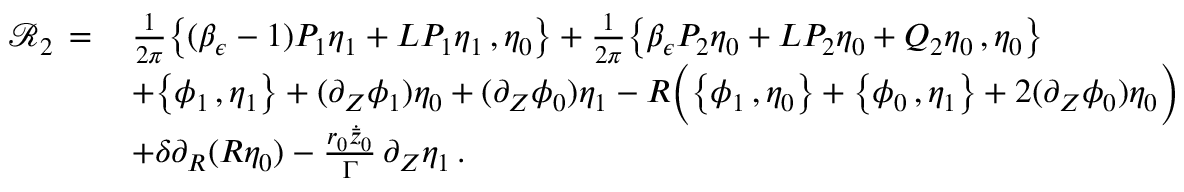
\begin{array} { r l } { \mathcal { R } _ { 2 } \, = \, } & { \frac { 1 } { 2 \pi } \bigl \{ ( \beta _ { \epsilon } - 1 ) P _ { 1 } \eta _ { 1 } + L P _ { 1 } \eta _ { 1 } \, , \eta _ { 0 } \bigr \} + \frac { 1 } { 2 \pi } \bigl \{ \beta _ { \epsilon } P _ { 2 } \eta _ { 0 } + L P _ { 2 } \eta _ { 0 } + Q _ { 2 } \eta _ { 0 } \, , \eta _ { 0 } \bigr \} } \\ & { + \bigl \{ \phi _ { 1 } \, , \eta _ { 1 } \bigr \} + ( \partial _ { Z } \phi _ { 1 } ) \eta _ { 0 } + ( \partial _ { Z } \phi _ { 0 } ) \eta _ { 1 } - R \Bigl ( \bigl \{ \phi _ { 1 } \, , \eta _ { 0 } \bigr \} + \bigl \{ \phi _ { 0 } \, , \eta _ { 1 } \bigr \} + 2 ( \partial _ { Z } \phi _ { 0 } ) \eta _ { 0 } \Bigr ) } \\ & { + \delta \partial _ { R } ( R \eta _ { 0 } ) - \frac { r _ { 0 } \dot { \bar { z } } _ { 0 } } { \Gamma } \, \partial _ { Z } \eta _ { 1 } \, . } \end{array}